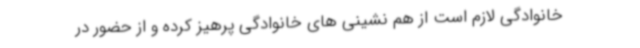
خانوادگی لازم است از هم نشینی های خانوادگی پرهیز کرده و از حضور در